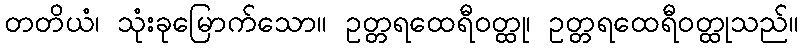
တတိယံ၊ သုံးခုမြောက်သော။ ဥတ္တရထေရီဝတ္ထု၊ ဥတ္တရထေရီဝတ္ထုသည်။